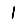
Digit: 1